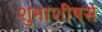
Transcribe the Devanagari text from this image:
शुभाशीषसे